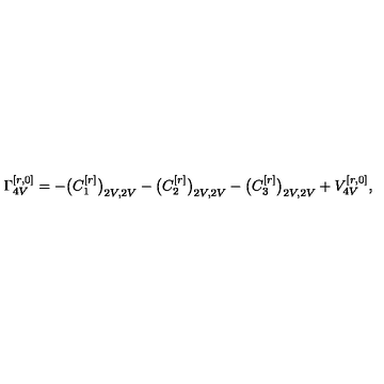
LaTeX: \Gamma _ { 4 V } ^ { [ r , 0 ] } = - \big ( C _ { 1 } ^ { [ r ] } \big ) _ { 2 V , 2 V } - \big ( C _ { 2 } ^ { [ r ] } \big ) _ { 2 V , 2 V } - \big ( C _ { 3 } ^ { [ r ] } \big ) _ { 2 V , 2 V } + V _ { 4 V } ^ { [ r , 0 ] } ,